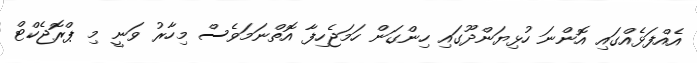
އެއްފަޅެއްގައި އޮންނަ ހުޅިޔަންދޫގައި ހިންގަން ހަމަޖެހިފާ އޮތްނަމަވެސް މިހާރު ވަނީ މި ޕްރޮޖެކްޓް